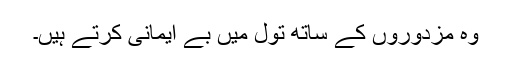
وہ مزدوروں کے ساتھ تول میں بے ایمانی کرتے ہیں۔